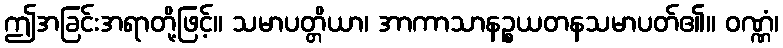
ဤအခြင်းအရာတို့ဖြင့်။ သမာပတ္တိယာ၊ အာကာသာနဉ္စယတနသမာပတ်၏။ ဝဏ္ဏံ၊